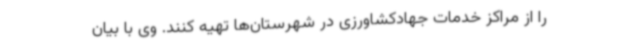
را از مراکز خدمات جهادکشاورزی در شهرستان‌ها تهیه کنند. وی با بیان